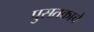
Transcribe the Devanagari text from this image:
पुसतकाचे